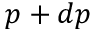
p + d p